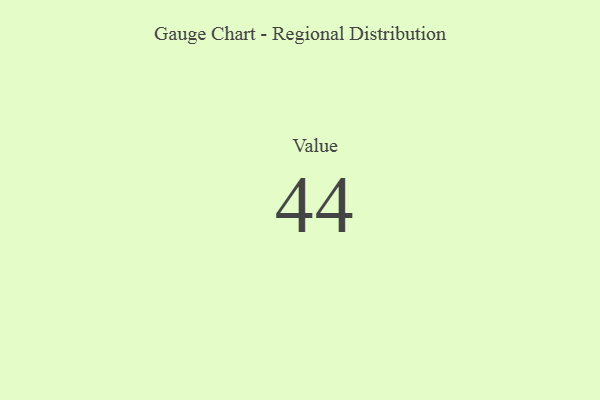
{"axis": {"x": "Metric", "y": "Value"}, "legend": [""], "data": [{"x": "Value", "y": 44, "type": ""}]}